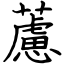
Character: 藘